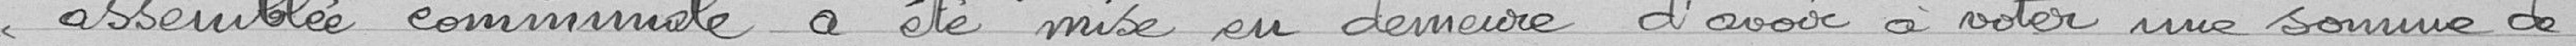
assemblée communale a été mise en demeure d'avoir voter une somme de